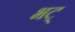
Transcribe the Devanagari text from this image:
भट्